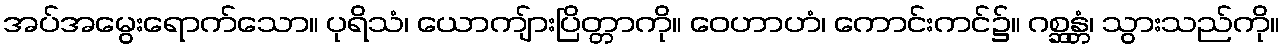
အပ်အမွေးရောက်သော။ ပုရိသံ၊ ယောကျ်ားပြိတ္တာကို။ ဝေဟာဟံ၊ ကောင်းကင်၌။ ဂစ္ဆန္တံ၊ သွားသည်ကို။